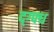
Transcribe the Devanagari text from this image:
द्ग्फ्ध